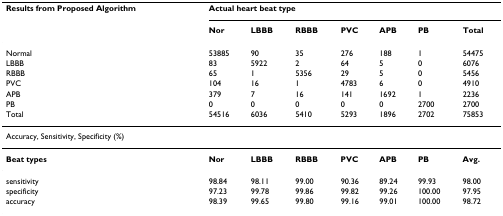
<table><thead><tr><td><b>Results from Proposed Algorithm</b></td><td colspan="7"><b>Actual heart beat type</b></td></tr><tr><td></td><td><b>Nor</b></td><td><b>LBBB</b></td><td><b>RBBB</b></td><td><b>PVC</b></td><td><b>APB</b></td><td><b>PB</b></td><td><b>Total</b></td></tr></thead><tbody><tr><td>Normal</td><td>53885</td><td>90</td><td>35</td><td>276</td><td>188</td><td>1</td><td>54475</td></tr><tr><td>LBBB</td><td>83</td><td>5922</td><td>2</td><td>64</td><td>5</td><td>0</td><td>6076</td></tr><tr><td>RBBB</td><td>65</td><td>1</td><td>5356</td><td>29</td><td>5</td><td>0</td><td>5456</td></tr><tr><td>PVC</td><td>104</td><td>16</td><td>1</td><td>4783</td><td>6</td><td>0</td><td>4910</td></tr><tr><td>APB</td><td>379</td><td>7</td><td>16</td><td>141</td><td>1692</td><td>1</td><td>2236</td></tr><tr><td>PB</td><td>0</td><td>0</td><td>0</td><td>0</td><td>0</td><td>2700</td><td>2700</td></tr><tr><td>Total</td><td>54516</td><td>6036</td><td>5410</td><td>5293</td><td>1896</td><td>2702</td><td>75853</td></tr><tr><td colspan="8">Accuracy, Sensitivity, Specificity (%)</td></tr><tr><td><b>Beat types</b></td><td><b>Nor</b></td><td><b>LBBB</b></td><td><b>RBBB</b></td><td><b>PVC</b></td><td><b>APB</b></td><td><b>PB</b></td><td><b>Avg.</b></td></tr><tr><td>sensitivity</td><td>98.84</td><td>98.11</td><td>99.00</td><td>90.36</td><td>89.24</td><td>99.93</td><td>98.00</td></tr><tr><td>specificity</td><td>97.23</td><td>99.78</td><td>99.86</td><td>99.82</td><td>99.26</td><td>100.00</td><td>97.95</td></tr><tr><td>accuracy</td><td>98.39</td><td>99.65</td><td>99.80</td><td>99.16</td><td>99.01</td><td>100.00</td><td>98.72</td></tr></tbody></table>